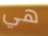
هي